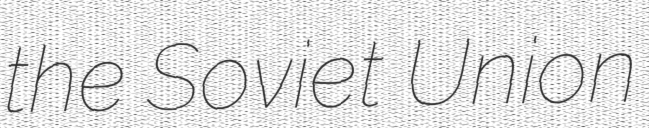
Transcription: the Soviet Union